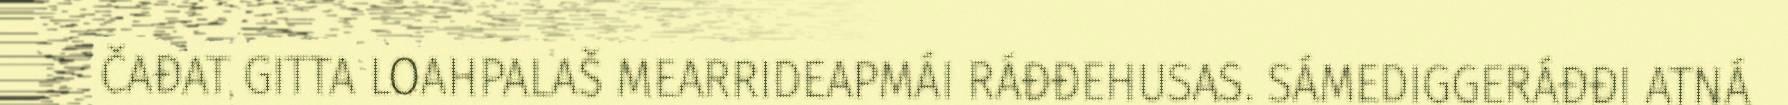
ČAĐAT GITTA LOAHPALAŠ MEARRIDEAPMÁI RÁĐĐEHUSAS. SÁMEDIGGERÁĐĐI ATNÁ